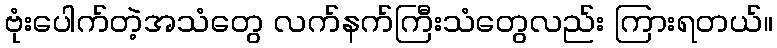
ဗုံးပေါက်တဲ့အသံတွေ လက်နက်ကြီးသံတွေလည်း ကြားရတယ်။